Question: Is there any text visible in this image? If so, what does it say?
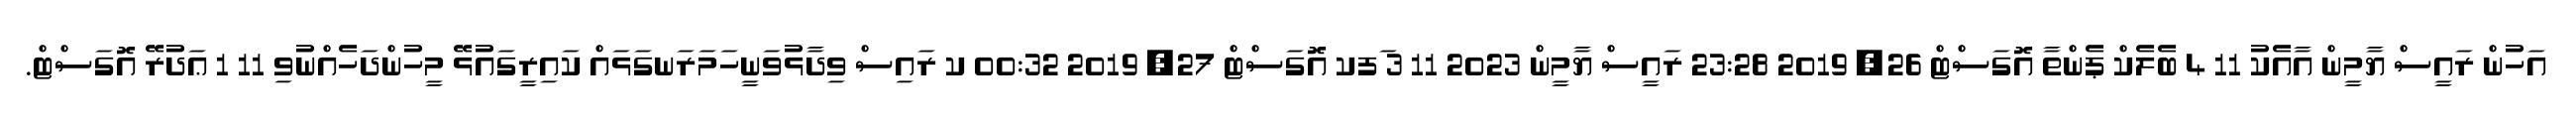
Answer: އަހުން ރައީސް ޔާމީން އާއެކު 11 4 ބެލެކް ޕެންތާ އޮގަސްޓް 26, 2019 23:28 ރައީސް ޔާމީން 2023 11 3 ަފކ އޮގަސްޓް 27, 2019 00:32 ކ ރައިސް ވިދާޅުވަނީހަމަރަނގަޅައް ކައިރީގައުޅޭ މީހުންދަހެއްނުވި 11 1 ޢަދުރޭ އޮގަސްޓް.